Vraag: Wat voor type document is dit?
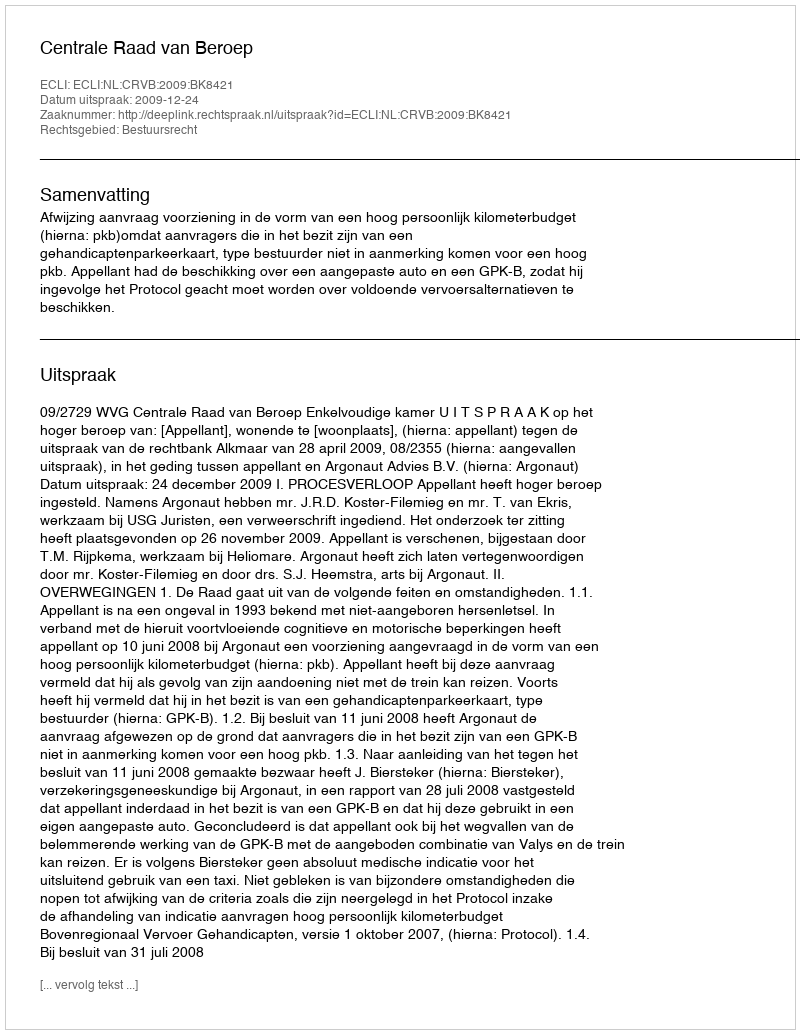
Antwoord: Uitspraak